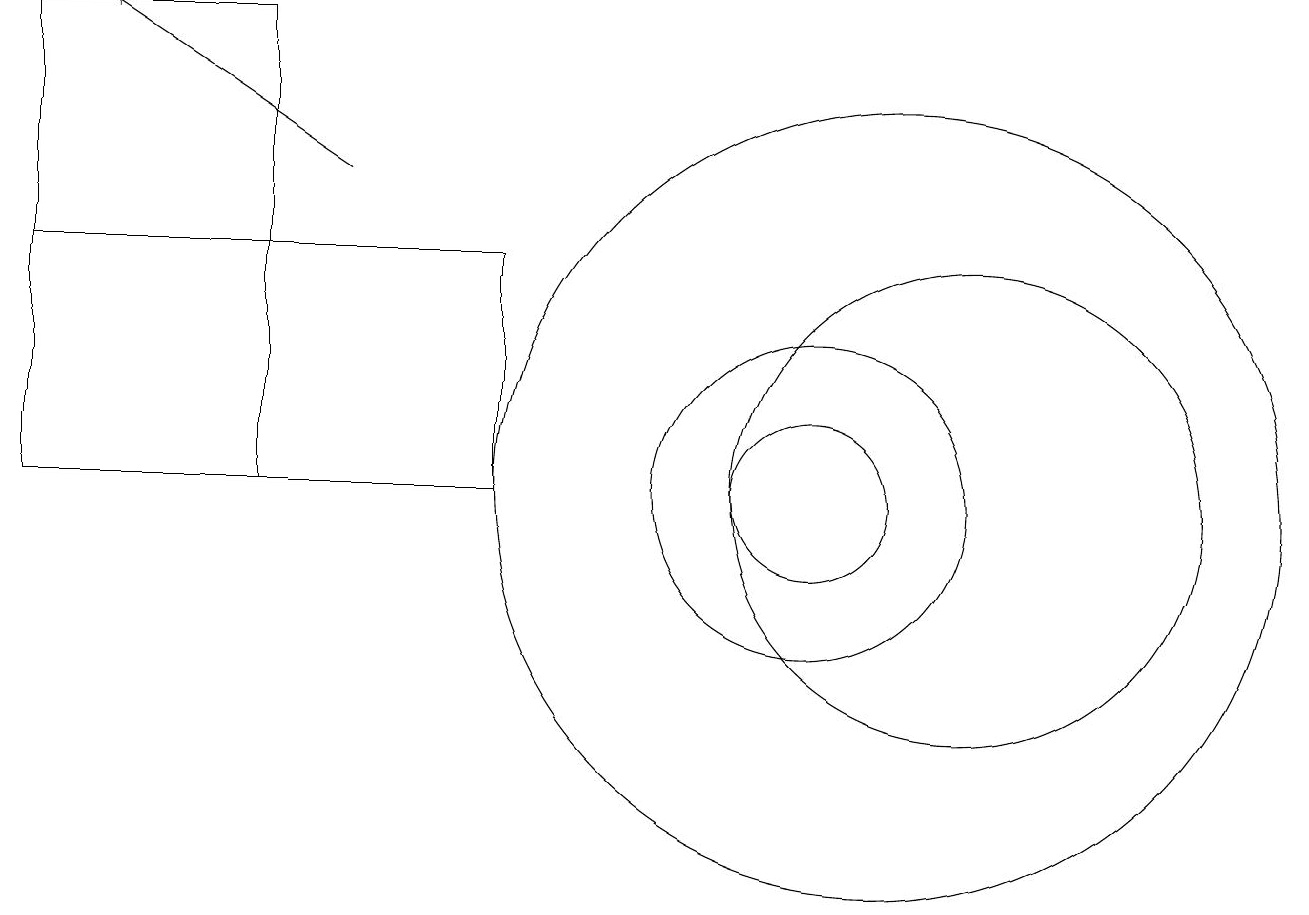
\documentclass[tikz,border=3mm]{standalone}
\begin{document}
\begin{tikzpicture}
\draw (0,16) rectangle (3,10);
\draw (6,13) rectangle (0,10);
\draw (10,10) circle (2);
\draw[->] (4,14) -- (1,16);
\draw (11,10) circle (5);
\draw (10,10) circle (1);
\draw (12,10) circle (3);
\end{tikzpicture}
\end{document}